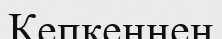
Кепкеннен